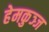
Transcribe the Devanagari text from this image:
हेमकुञ्ज